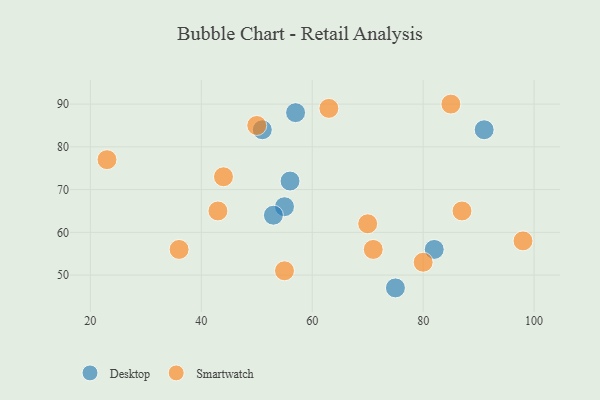
{"axis": {"x": "GDP", "y": "Life Expectancy"}, "legend": ["Desktop", "Smartwatch"], "data": [{"x": "82", "y": 56, "type": "Desktop"}, {"x": "56", "y": 72, "type": "Desktop"}, {"x": "55", "y": 66, "type": "Desktop"}, {"x": "75", "y": 47, "type": "Desktop"}, {"x": "51", "y": 84, "type": "Desktop"}, {"x": "91", "y": 84, "type": "Desktop"}, {"x": "53", "y": 64, "type": "Desktop"}, {"x": "57", "y": 88, "type": "Desktop"}, {"x": "36", "y": 56, "type": "Smartwatch"}, {"x": "87", "y": 65, "type": "Smartwatch"}, {"x": "85", "y": 90, "type": "Smartwatch"}, {"x": "44", "y": 73, "type": "Smartwatch"}, {"x": "80", "y": 53, "type": "Smartwatch"}, {"x": "63", "y": 89, "type": "Smartwatch"}, {"x": "71", "y": 56, "type": "Smartwatch"}, {"x": "98", "y": 58, "type": "Smartwatch"}, {"x": "70", "y": 62, "type": "Smartwatch"}, {"x": "43", "y": 65, "type": "Smartwatch"}, {"x": "50", "y": 85, "type": "Smartwatch"}, {"x": "23", "y": 77, "type": "Smartwatch"}, {"x": "55", "y": 51, "type": "Smartwatch"}]}